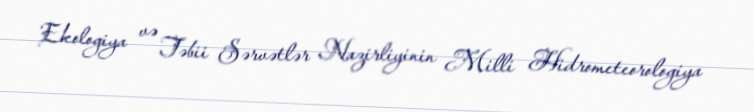
Ekologiya və Təbii Sərvətlər Nazirliyinin Milli Hidrometeorologiya